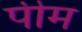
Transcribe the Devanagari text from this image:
पीम